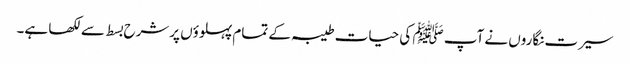
سیرت نگاروں نے آپ ﷺ کی حیات طیبہ کے تمام پہلوؤں پرشرح بسط سےلکھا ہے۔